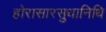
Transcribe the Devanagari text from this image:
होरासारसुधानिधि